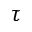
\tau